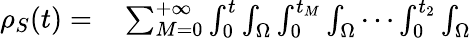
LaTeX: \begin{array}{rl}{{\rho}_{S}(t)=}&{{}\sum_{M=0}^{+\infty}\int_{0}^{t}\int_{\Omega}\int_{0}^{t_{M}}\int_{\Omega}\cdots\int_{0}^{t_{2}}\int_{\Omega}}\end{array}